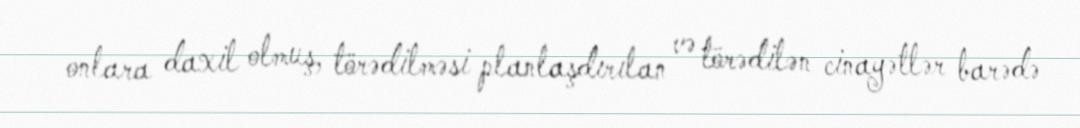
onlara daxil olmuş, törədilməsi planlaşdırılan və törədilən cinayətlər barədə